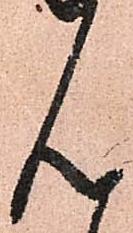
ん